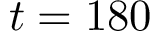
t = 1 8 0